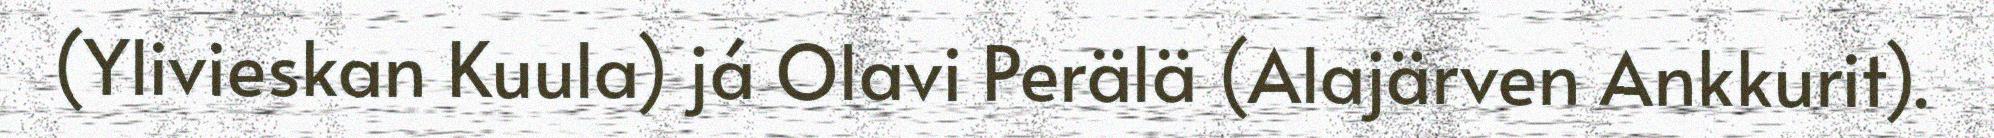
(Ylivieskan Kuula) já Olavi Perälä (Alajärven Ankkurit).